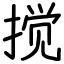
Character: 搅